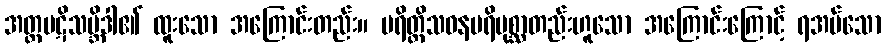
အတ္ထပဋိသမ္ဘိဒါ၏ ထူးသော အကြောင်းတည်း။ ပရိတ္တိသဝနပရိပုစ္ဆာတည်းဟူသော အကြောင်းကြောင့် ရအပ်သော